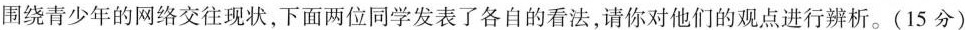
围绕青少年的网络交往现状，下面两位同学发表了各自的看法，请你对他们的观点进行辨析。(15分)